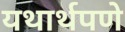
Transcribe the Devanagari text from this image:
यथार्थपणे